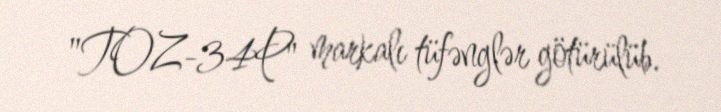
"TOZ-34P" markalı tüfənglər götürülüb.